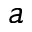
a